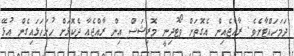
ދަމަހައްޓާށެވެ. ރާއްޖެއިން އެގޮތަށް ވޯޓުދިނީ މޮރިޝަސް އިން ރާއްޖެއާ ދެކޮޅަށް ހުށަހަޅައިގެން އުޅޭ